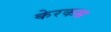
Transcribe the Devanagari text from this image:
केरकस